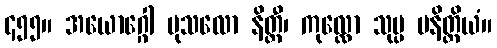
၄၅၅။ အယောဂ္ဂေါ မုသလော နိတ္ထီ၊ ကုလ္လော သုပ္ပ မနိတ္ထိယံ။